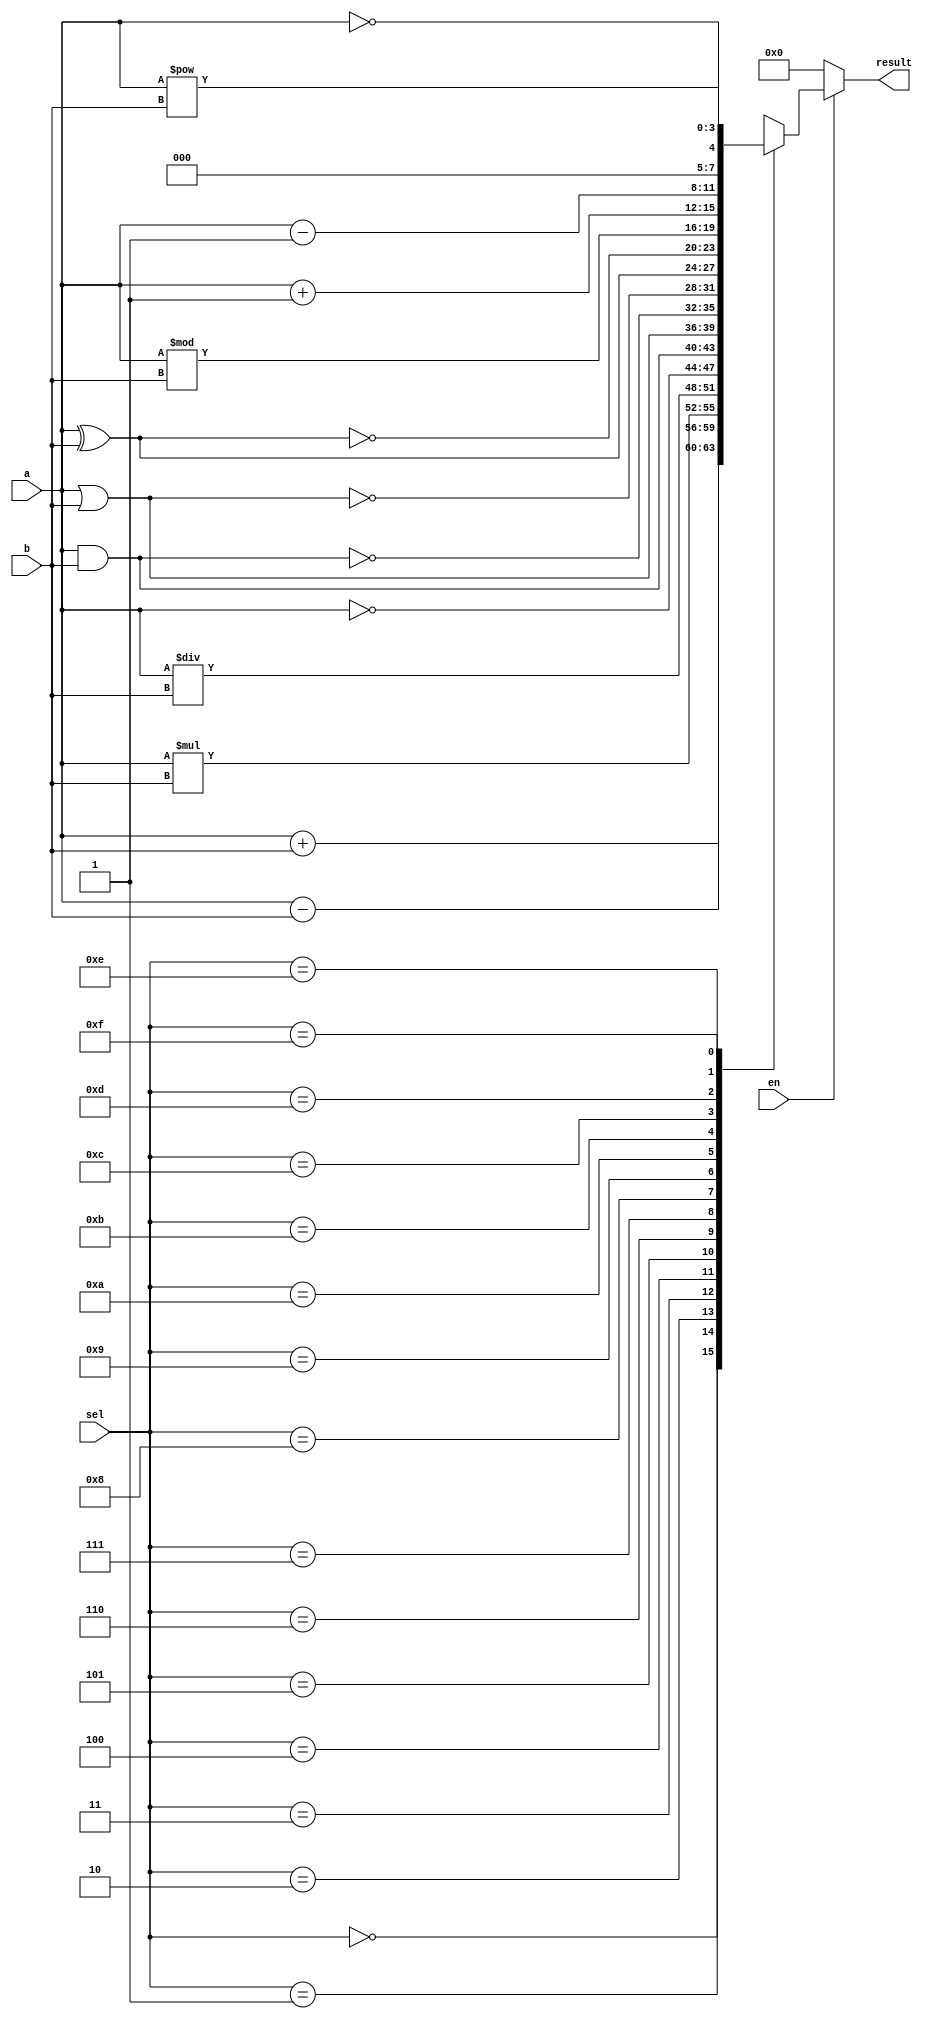
`timescale 1ns / 1ps
//////////////////////////////////////////////////////////////////////////////////
// Company: 
// Engineer: 
// 
// Design Name: 
// Module Name:    ALU4bit 
// Project Name: 
// Target Devices: 
// Tool versions: 
// Description: 
//
// Dependencies: 
//
// Revision: 
// Revision 0.01 - File Created
// Additional Comments: 
//
//////////////////////////////////////////////////////////////////////////////////
module ALU4bit(a,b,sel,en,result);
input [3:0]a,b,sel;
output [3:0]result;
reg [3:0] result;
input en;
always@(a,b,sel,en)
begin
if (en==0)
result=4'b0000;
else
case (sel)
4'b0000:result=a+b;
4'b0001:result=a-b;
4'b0010:result=a*b;
4'b0011:result=a/b;
4'b0100:result=~a;
4'b0101:result=a&b;
4'b0110:result=a|b;
4'b0111:result=~(a&b);
4'b1000:result=~(a|b);
4'b1001:result=a^b;
4'b1010:result=~(a^b);
4'b1011:result=a%b;
4'b1100:result=a+1;
4'b1101:result=a-1;
4'b1110:result=!a;
4'b1111:result=a**b;
default:result=4'b0000;
endcase
end
endmodule